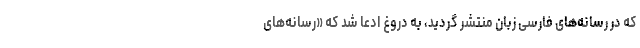
که در رسانه‌های فارسی زبان منتشر گردید، به دروغ ادعا شد که «رسانه‌های